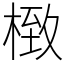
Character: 㮹